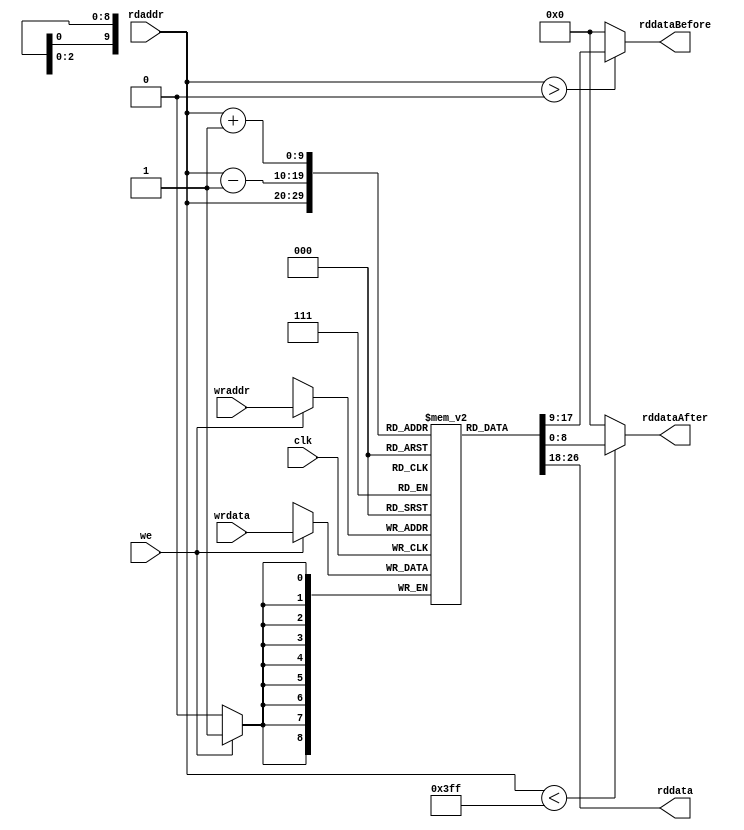
`timescale 1ns / 1ps
//////////////////////////////////////////////////////////////////////////////////
// Company: 
// Engineer: 
// 
// Design Name: 
// Module Name:    WaveBuffer 
// Project Name: 
// Target Devices: 
// Tool versions: 
// Description: 
//
// Dependencies: 
//
// Revision: 
// Revision 0.01 - File Created
// Additional Comments: 
//
//////////////////////////////////////////////////////////////////////////////////
module WaveBuffer(
    input [9:0] wraddr,
    input [8:0] wrdata,
    input we,
    input clk,
    input [9:0] rdaddr,
    output reg [8:0] rddata,
	 output reg [8:0] rddataAfter,
	 output reg [8:0] rddataBefore
    );

reg [8:0] mem[0:1023];

always @(posedge clk)
begin
	if(we)
		mem[wraddr] <= wrdata;
end

always @(*)
begin
	rddata       = mem[rdaddr];
	rddataBefore = rdaddr > 0    ? mem[rdaddr-1] : 0;
	rddataAfter  = rdaddr < 1023 ? mem[rdaddr+1] : 0;
end
endmodule